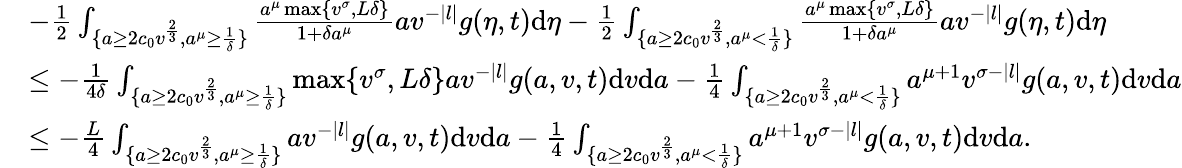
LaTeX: \begin{array}{rl}&{-\frac{1}{2}\int_{\{ a\geq 2c_{0}v^{\frac{2}{3}},a^{\mu}\geq\frac{1}{\delta}\} }\frac{a^{\mu}\operatorname*{max}\{ v^{\sigma},L\delta\} }{1+\delta a^{\mu}}av^{-|l|}g(\eta,t)\textup{d}\eta-\frac{1}{2}\int_{\{ a\geq 2c_{0}v^{\frac{2}{3}},a^{\mu}<\frac{1}{\delta}\} }\frac{a^{\mu}\operatorname*{max}\{ v^{\sigma},L\delta\} }{1+\delta a^{\mu}}av^{-|l|}g(\eta,t)\textup{d}\eta}\\ &{\leq-\frac{1}{4\delta}\int_{\{ a\geq 2c_{0}v^{\frac{2}{3}},a^{\mu}\geq\frac{1}{\delta}\} }\operatorname*{max}\{ v^{\sigma},L\delta\} av^{-|l|}g(a,v,t)\textup{d}v\textup{d}a-\frac{1}{4}\int_{\{ a\geq 2c_{0}v^{\frac{2}{3}},a^{\mu}<\frac{1}{\delta}\} }a^{\mu+1}v^{\sigma-|l|}g(a,v,t)\textup{d}v\textup{d}a}\\ &{\leq-\frac{L}{4}\int_{\{ a\geq 2c_{0}v^{\frac{2}{3}},a^{\mu}\geq\frac{1}{\delta}\} }av^{-|l|}g(a,v,t)\textup{d}v\textup{d}a-\frac{1}{4}\int_{\{ a\geq 2c_{0}v^{\frac{2}{3}},a^{\mu}<\frac{1}{\delta}\} }a^{\mu+1}v^{\sigma-|l|}g(a,v,t)\textup{d}v\textup{d}a.}\end{array}